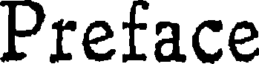
Preface